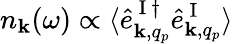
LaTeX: n_{\mathbf k}(\omega)\propto\langle\hat{e}_{{\mathbf k},q_{p}}^{\mathrm{~I~}\dagger}\hat{e}_{{\mathbf k},q_{p}}^{\mathrm{~I~}}\rangle